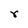
Character: r